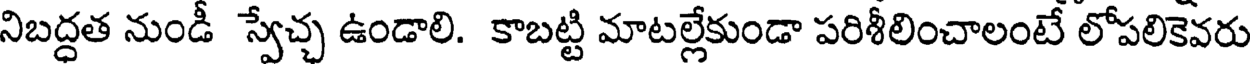
నిబద్ధత నుండీ స్వేచ్చ ఉండాలి. కాబట్టి మాటల్లేకుండా పరిశీలించాలంటే లోపలికెవరు